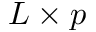
L \times p